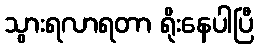
သွားရလာရတာ ရိုးနေပါပြီ